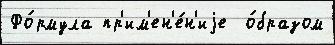
Фо́рмула пр'им'ен'е́н'иjе  о́бразом